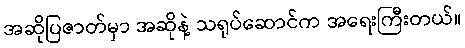
အဆိုပြဇာတ်မှာ အဆိုနဲ့ သရုပ်ဆောင်က အရေးကြီးတယ်။